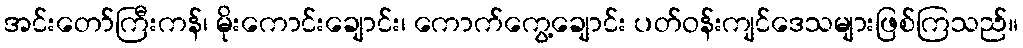
အင်းတော်ကြီးကန်၊ မိုးကောင်းချောင်း၊ ကောက်ကွေ့ချောင်း ပတ်ဝန်းကျင်ဒေသများဖြစ်ကြသည်။